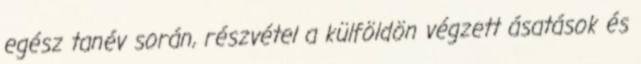
egész tanév során, részvétel a külföldön végzett ásatások és